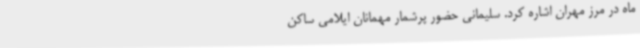
ماه در مرز مهران اشاره کرد. سلیمانی حضور پرشمار مهمانان ایلامی ساکن